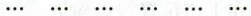
… … … … … …